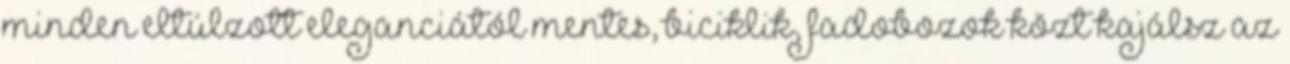
minden eltúlzott eleganciától mentes, biciklik, fadobozok közt kajálsz az